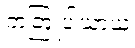
တတြူပါယာယ